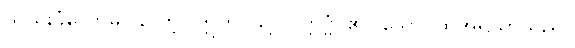
သည်းခံတော်မူပါလော့။ ဣတိ၊ သို့။ ဝတ္တဗ္ဗံ၊ ၏။ သော၊ ထိုအရိယာသည်။